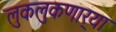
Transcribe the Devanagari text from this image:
लुकलुकणार्‍या